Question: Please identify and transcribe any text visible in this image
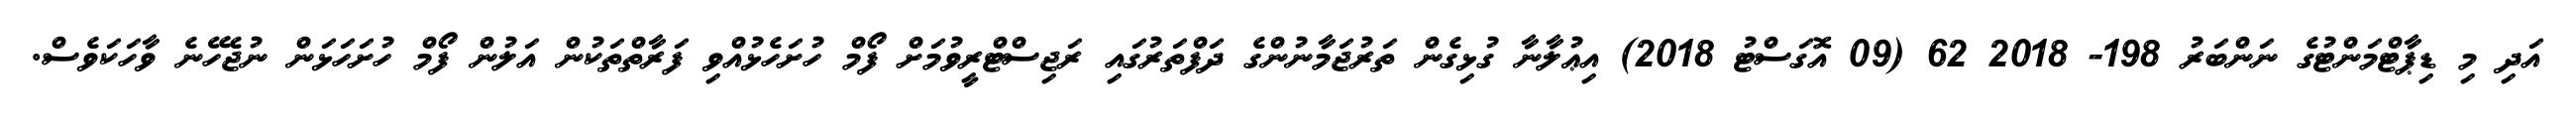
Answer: އަދި މި ޑިޕާޓްމަންޓުގެ ނަންބަރު 198- 2018 62 (09 އޮގަސްޓު 2018) އިޢުލާނާ ގުޅިގެން ތަރުޖަމާނުންގެ ދަފްތަރުގައި ރަޖިސްޓްރީވުމަށް ފޯމް ހުށަހެޅުއްވި ފަރާތްތަކުން އަލުން ފޯމް ހުށަހަޅަން ނުޖެހޭނެ ވާހަކަވެސް.